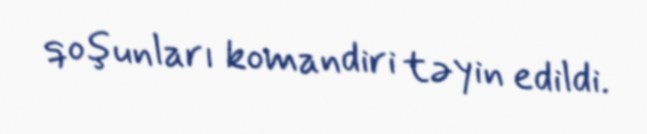
qoşunları komandiri təyin edildi.